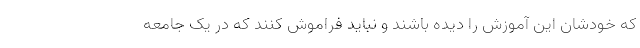
که خودشان این آموزش را دیده باشند و نباید فراموش کنند که در یک جامعه